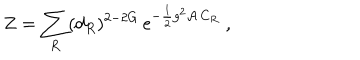
Z = \sum _ { R } ( d _ { R } ) ^ { 2 - 2 G } \, \mathrm { e } ^ { - { \frac { 1 } { 2 } } g ^ { 2 } { \cal A } \, C _ { R } } ~ ,